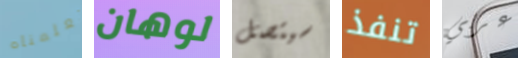
تعلمناه لوهان سيتصل تنفذ عربي